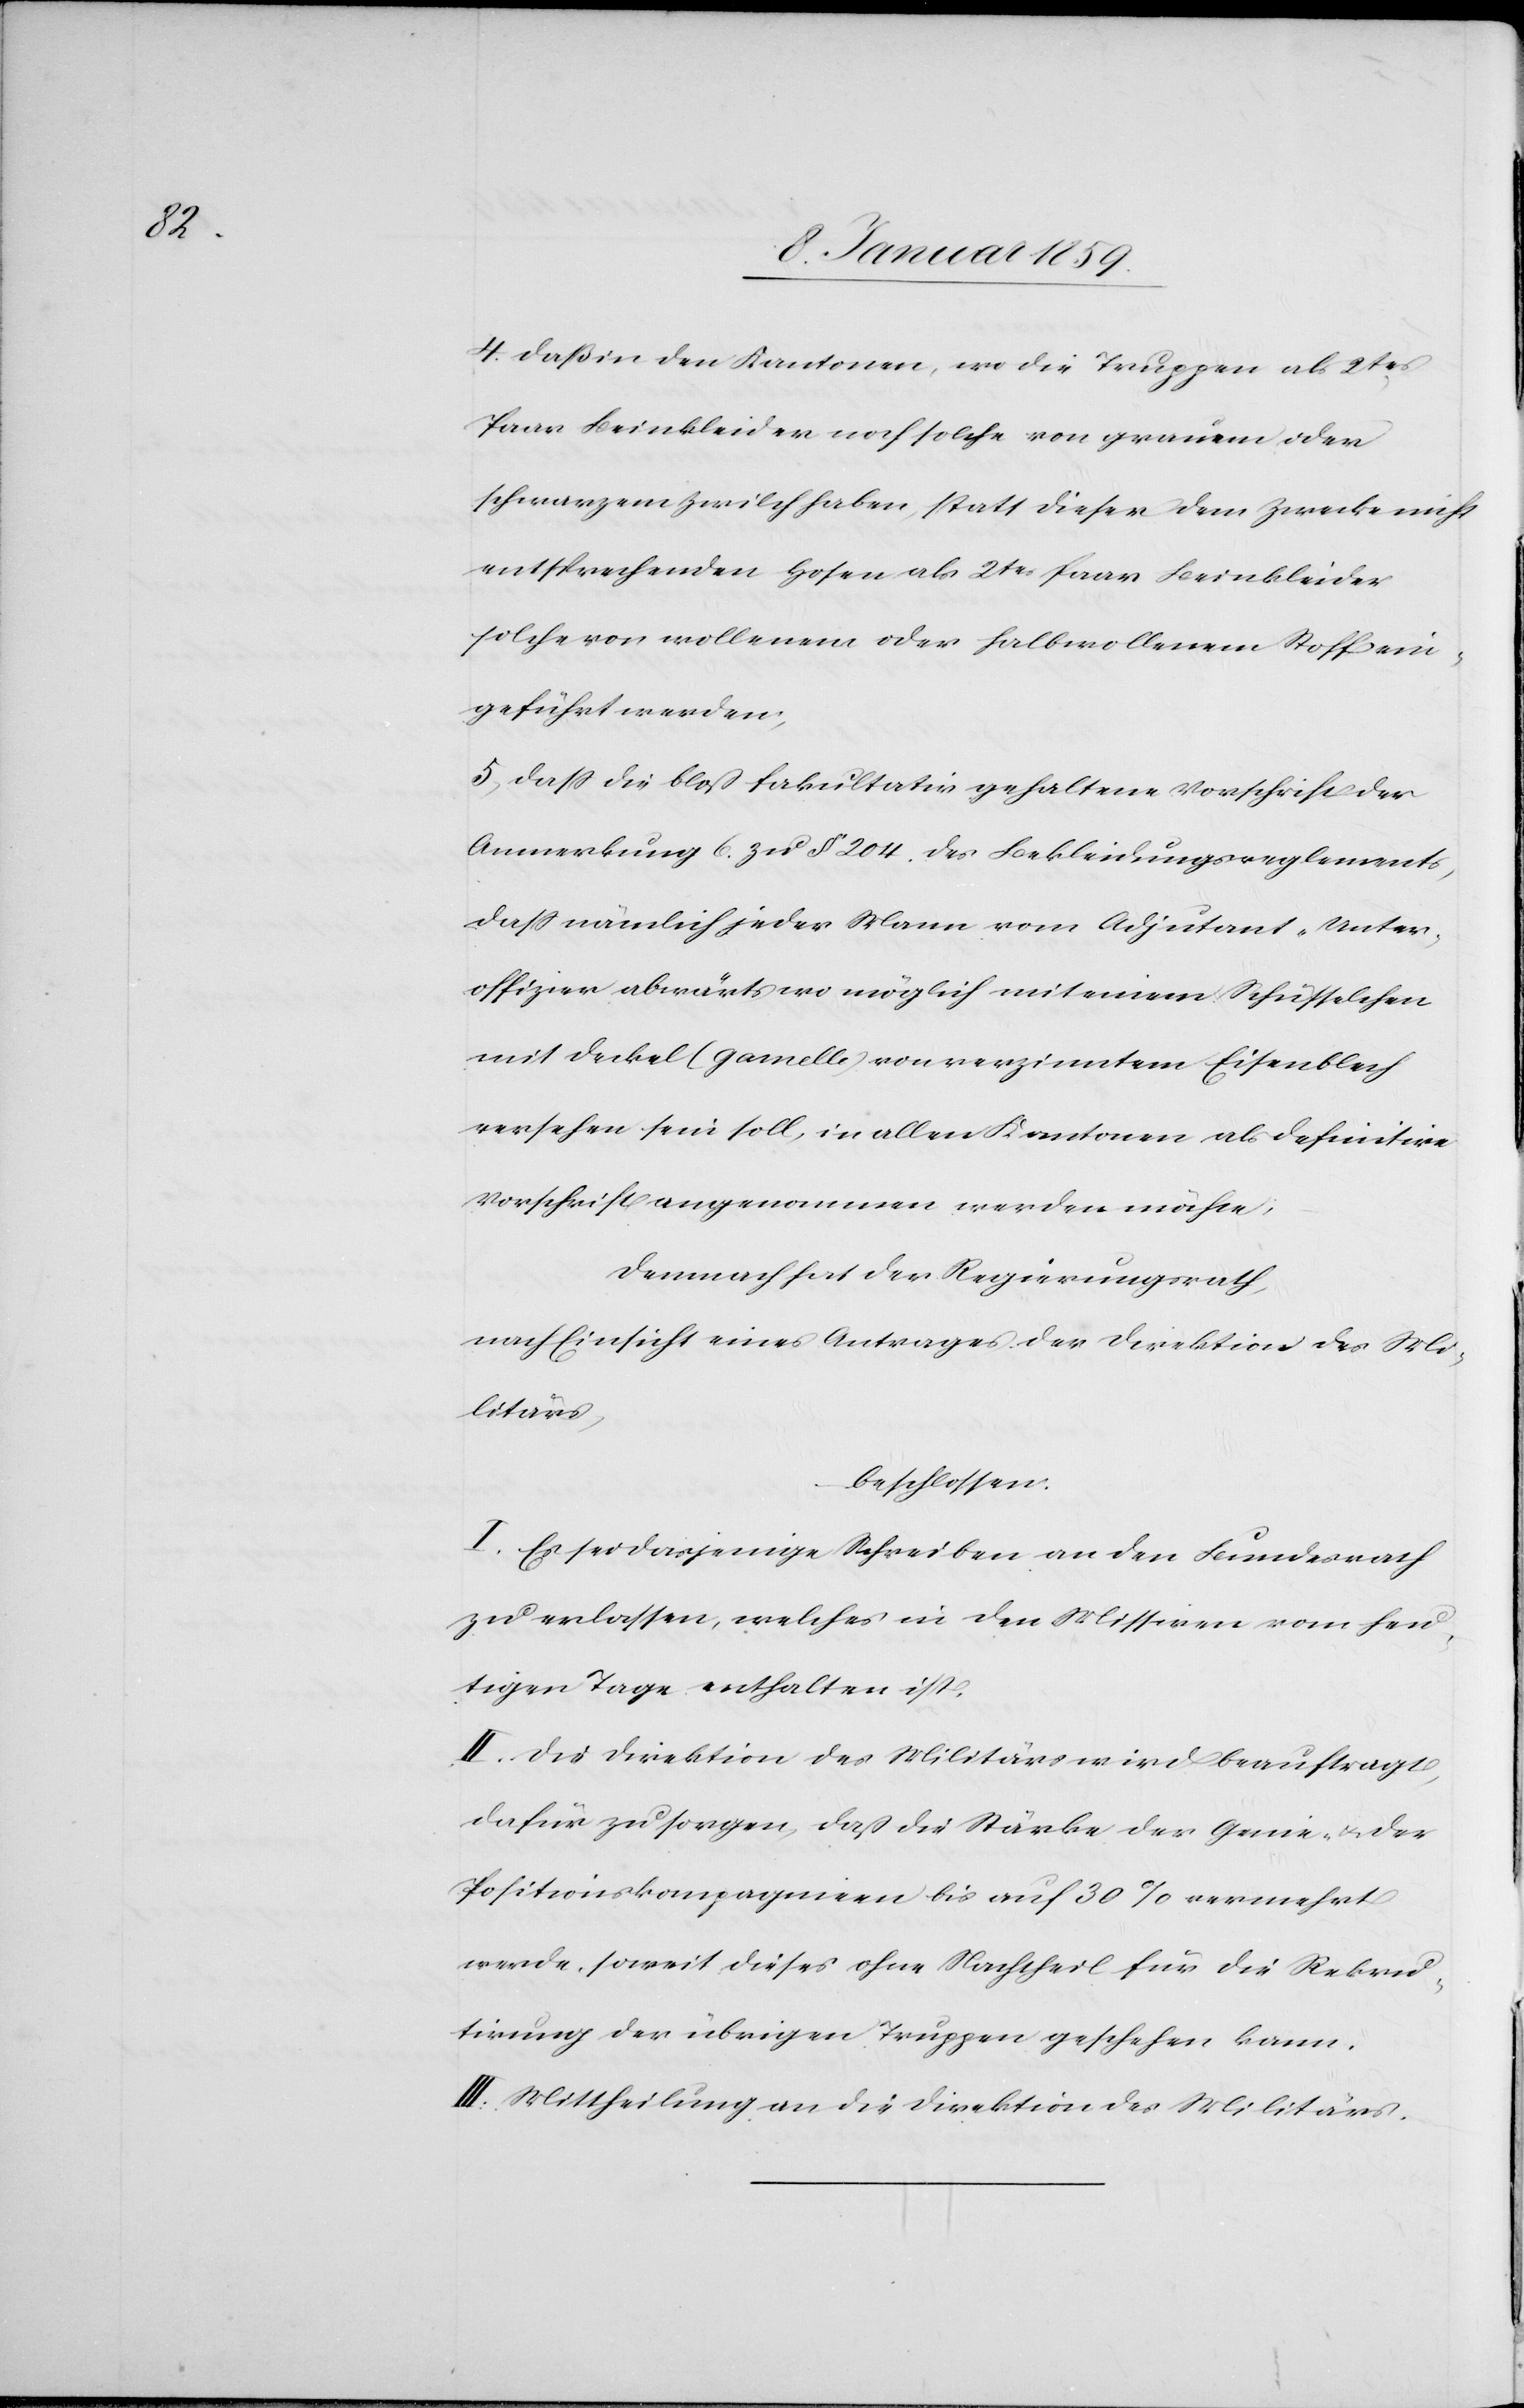
4. Daß in den Kantonen wo die Truppen als 2tes
Paar Beinkleider noch solche von grauem oder
schwarzem Zwilch haben, statt dieser dem Zwecke nicht
entsprechenden Hosen als 2tes Paar Beinkleider
solche von wollenem oder halbwollenem Stoff ein¬
geführt werden;
5. Daß die bloß fakultativ gehaltene Vorschrift der
Anmerkung 6. zu § 204. des Bekleidungsreglements,
daß nämlich jeder Mann vom Adjutant-Unter¬
offizier abwärts wo möglich mit einem Schüsselchen
mit Deckel (Gamelle) von verzinktem Eisenblech
versehen sein soll, in allen Kantonen als definitive
Vorschrift angenommen werden möchte;
Demnach hat der Regierungsrath,
nach Einsicht eines Antrages der Direktion des Mi¬
litärs,
beschlossen:
I. Es sei dasjenige Schreiben an den Bundesrath
zu erlassen, welches in den Missiven vom heu¬
tigen Tage enthalten ist.
II. Die Direktion des Militärs wird beauftragt,
dafür zu sorgen, daß die Stärke der Genie- u. der
Positionskompagnien bis auf 30% vermehrt
werde, soweit dieses ohne Nachtheil für die Rekru¬
tirung der übrigen Truppen geschehen kann.
III. Mittheilung an die Direktion des Militärs.